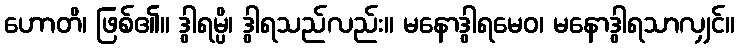
ဟောတိ၊ ဖြစ်၏။ ဒွါရမ္ပိ၊ ဒွါရသည်လည်း။ မနောဒွါရမေဝ၊ မနောဒွါရသာလျှင်။